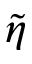
\tilde { \eta }